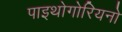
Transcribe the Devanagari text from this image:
पाइथोगोरियनो